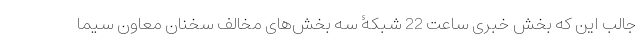
جالب این که بخش خبری ساعت 22 شبکۀ سه بخش‌های مخالف سخنان معاون سیما